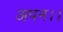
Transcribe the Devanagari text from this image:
अपन।।